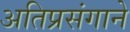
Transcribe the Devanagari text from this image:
अतिप्रसंगाने